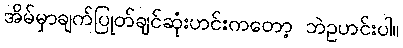
အိမ်မှာချက်ပြုတ်ချင်ဆုံးဟင်းကတော့ ဘဲဥဟင်းပါ။